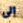
إلى